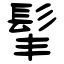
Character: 髼